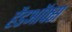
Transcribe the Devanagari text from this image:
हेंडऑफ्स